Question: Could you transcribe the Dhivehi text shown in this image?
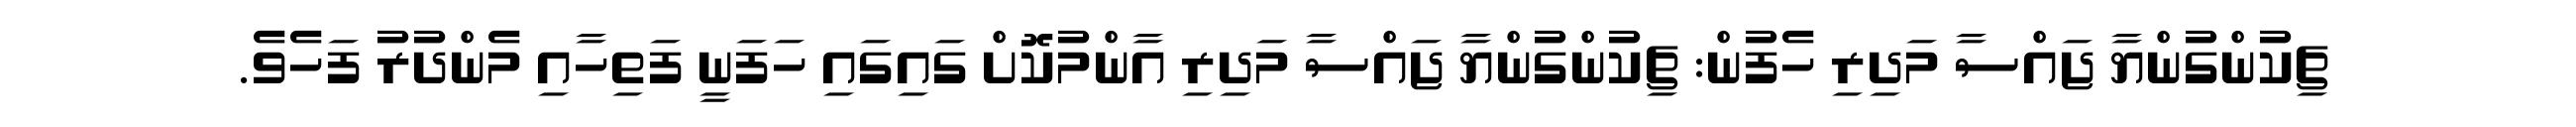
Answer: ޗިކުންގުންޔާ ޖައްސާ މަދިރި ހެފުން: ޗިކުންގުންޔާ ޖައްސާ މަދިރި އާންމުކޮށް ގައިގައި ހަފަނީ ފަތިހާއި މެންދުރު ފަހެވެ.